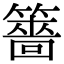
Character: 䉢